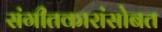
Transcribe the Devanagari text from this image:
संगीतकारांसोबत